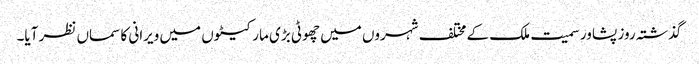
گذشتہ روز پشاور سمیت ملک کے مختلف شہروں میں چھوٹی بڑی مارکیٹوں میں ویرانی کا سماں نظر آیا۔